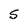
Character: 5